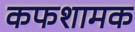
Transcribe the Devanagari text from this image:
कफशामक